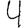
Digit: 4